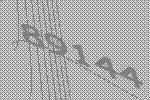
89144